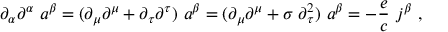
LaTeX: \partial _ { \alpha } \partial ^ { \alpha } \ a ^ { \beta } = ( \partial _ { \mu } \partial ^ { \mu } + \partial _ { \tau } \partial ^ { \tau } ) \ a ^ { \beta } = ( \partial _ { \mu } \partial ^ { \mu } + \sigma \; \partial _ { \tau } ^ { 2 } ) \ a ^ { \beta } = - \frac { e } { c } \ j ^ { \beta } \ ,